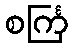
စင်္ကြ